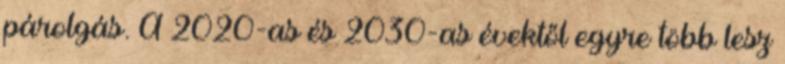
párolgás. A 2020-as és 2030-as évektől egyre több lesz